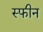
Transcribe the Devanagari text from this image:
स्फीन